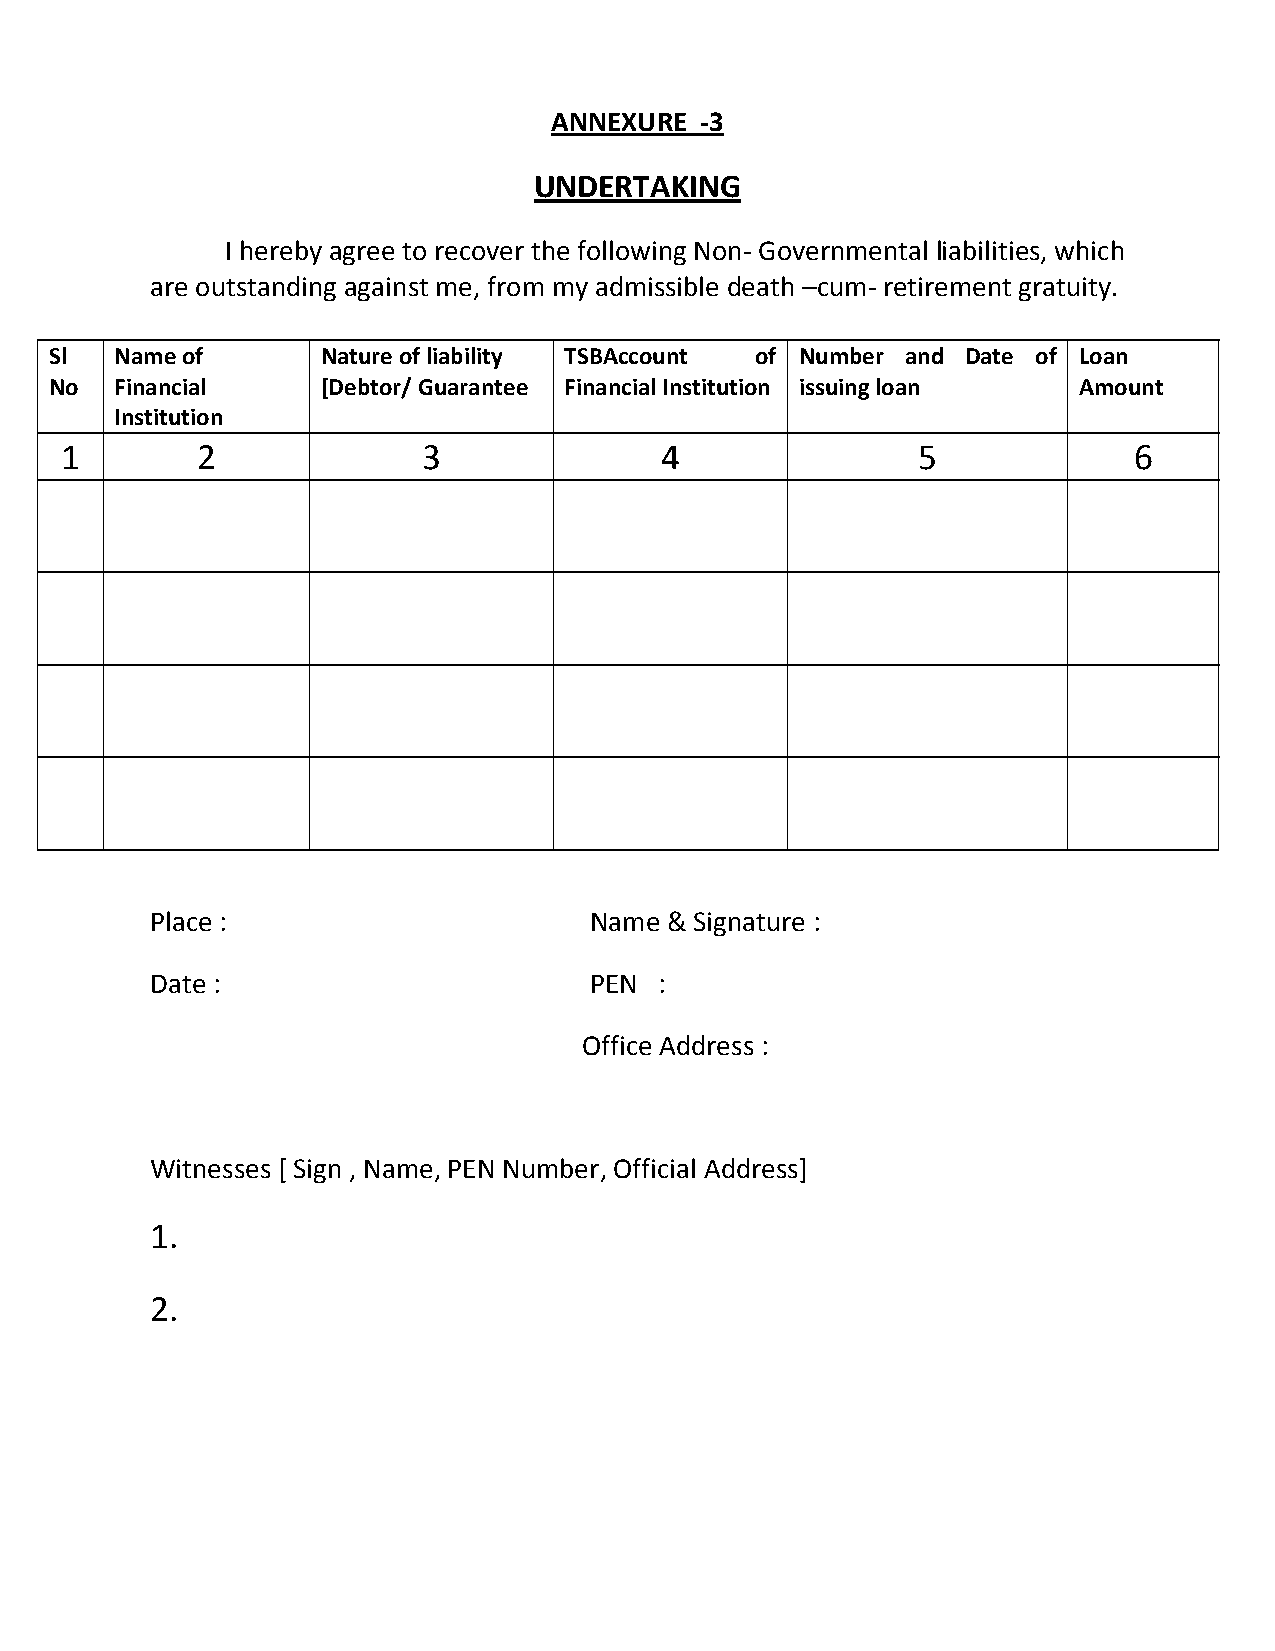
ANNEXURE  ‐3
 UNDERTAKING
 I hereby agree to recover the following Non‐ Governmental liabilities, which
 are outstanding against me, from my admissible death –cum‐ retirement gratuity.
 Sl   Name of      Nature of liability TSBAccount of Number and Date of Loan
 No   Financial    [Debtor/ Guarantee Financial Institution issuing loan Amount
 Institution
 1        2              3               4                5             6
 Place :                      Name & Signature :
 Date :                       PEN  :
 Office Address :
 Witnesses [ Sign , Name, PEN Number, Official Address]
 1.
 2.